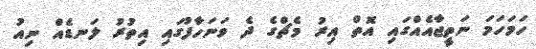
ހަމަހަމަ ނަތީޖާއެއްގައި އޮތް އިރު މެޗްގެ ދެ ވަނަހާފުގައި އިތުރު ލަނޑެއް ނިއު